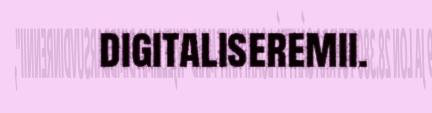
digitaliseremii.